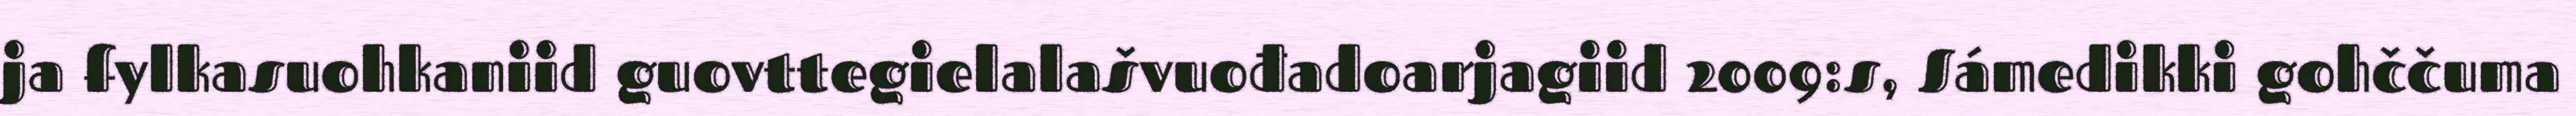
ja fylkasuohkaniid guovttegielalašvuođadoarjagiid 2009:s, Sámedikki gohččuma